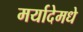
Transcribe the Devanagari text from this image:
मर्यादेमधे